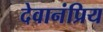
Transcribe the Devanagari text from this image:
देवानंप्रिय